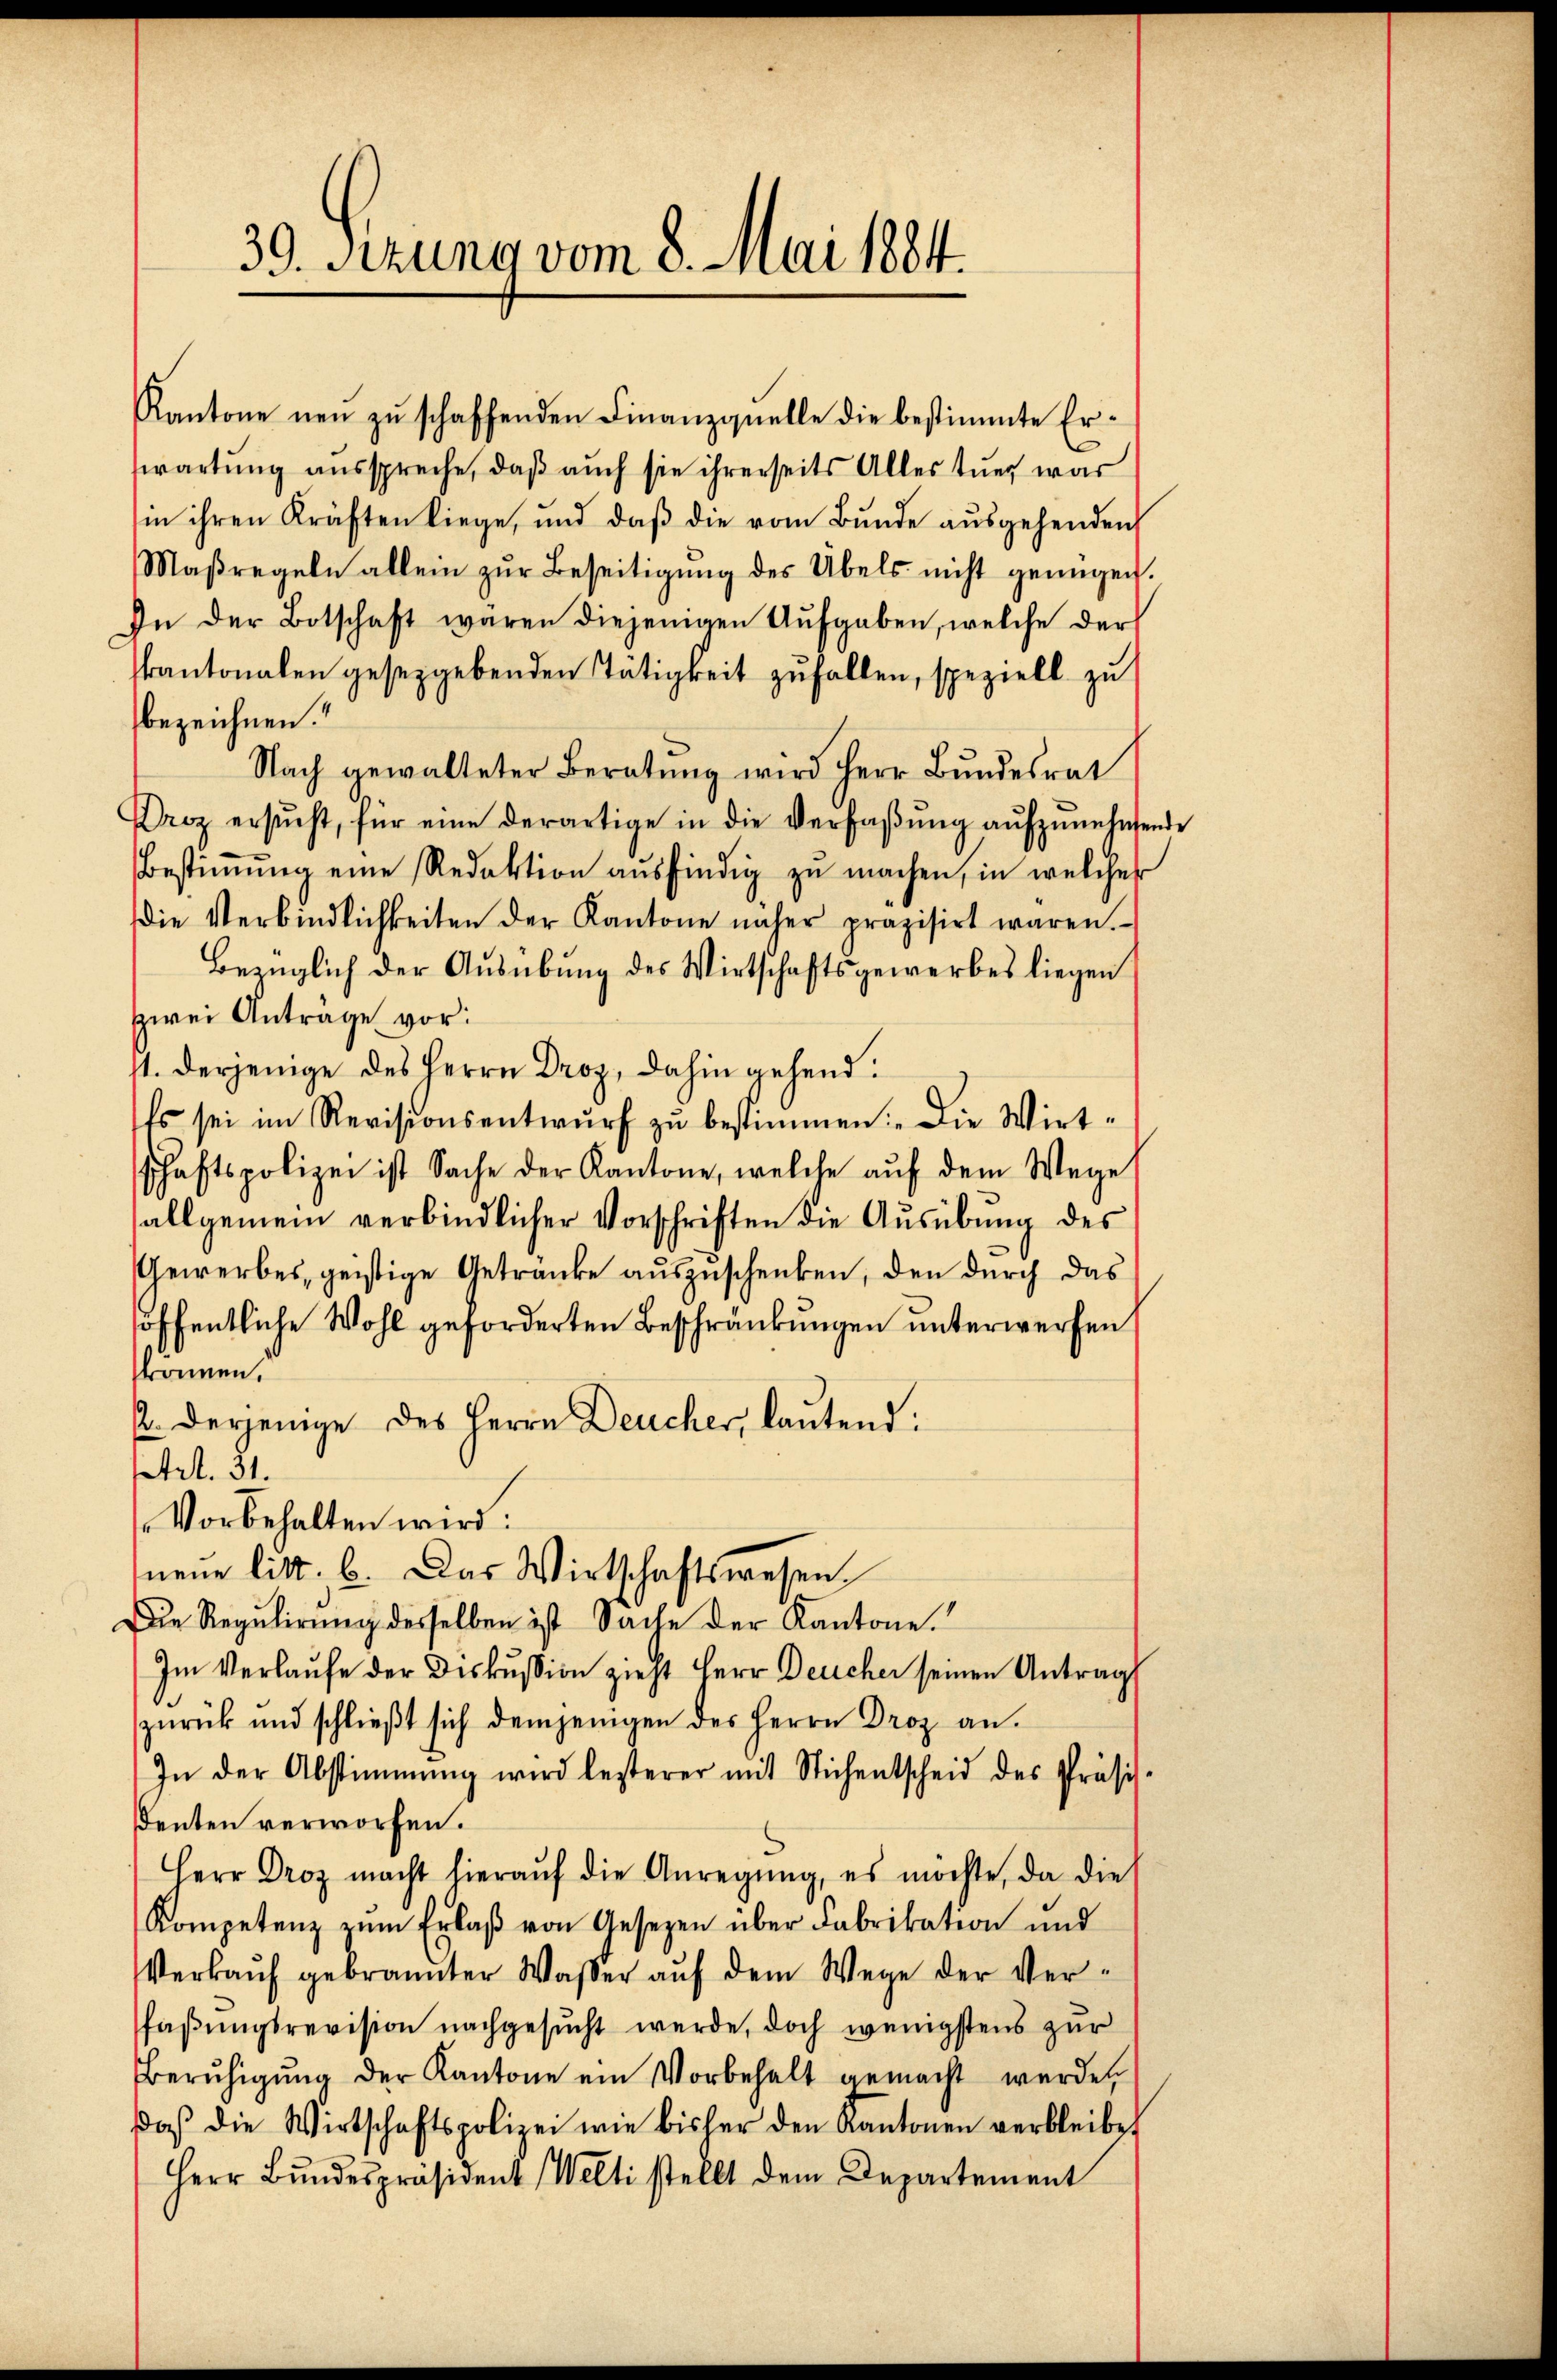
39. Sizung vom 8. Mai 1884.

Kantone neu zu schaffenden Finanzquelle die bestimmte Erwartung ausspreche, daβ aŭch sie ihrerseits Alles tuer war
in ihren Kräften liege, und daß die vom Bunde ausgehenden
Maßregeln allein zŭr Beseitigŭng des Übels nicht genügen.
In der Botschaft waren diejenigen Aufgaben, welche der
kantonalen gesetzgebenden Tätigkeit zufallen, speziell zu
bezeichnen.
Nach gewalteter Beratung wird Herr Bundesrat
Droz ersŭcht, für eine derartige in die Verfaβŭng aŭfzŭnehmen
Bestiṁŭng eine Redaktion ausfindig zu machen, in welcher
Die Verbindlichkeiten der Kantone näher präzisirt waren.
Bezüglich der Ausübung des Wirtschaftsgewerbes liegen
zwei Antrage vor:
st. derjenige des Herrn Droz, dahin gehend:
Es sei im Revisionsentwŭrf zu bestimmen: „Die Wirt-
schaftspolizei ist Sache der Kantone, welche aŭf dem Wege
allgemein verbindlicher Vorschriften die Aŭsübŭng des
Gewerbes, geistige Getränke auszuschenken, den durch das
höffentliche Wohl geforderten Beschränkungen unterwerfen
können.
p. derjenige des Herrn Deucher, lautend:
trl. 31.
Vorbehalten wird.
neŭe litt. b. Das Wirtschaftswesen
Die Regulirung desselben ist Sache der Kantone.
Im Verlaufe der Diskussion zieht Herr Deucher seinen Antrag
zurück und schließt sich demjenigen des Herrn Droz an.
In der Abstimmung wird besterer mit Stichentscheid des Präsi-
denten verworfen.
Herr Droz macht hieraŭf die Anregŭng, es möchte, da die
Kompetenz zŭm Erlaβ von Gesetzen über Fabrikation und
Verkaŭf gebrannter Waßer aŭf dem Wege der Ver-
faβŭngsrevision nachgesŭcht werde, doch wenigstens zur
Berŭhigŭng der Kantone ein Vorbehalt gemacht werde
daβ die Wirtschaftspolizei wie bisher den Kantonen verbleibet
Herr Bŭndespräsident Welti stellt dem Departement

nde